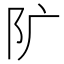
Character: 𨸘